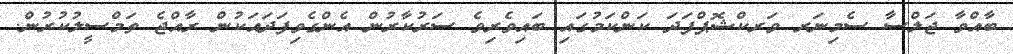
ބާއްވާ ޖަލްސާ ސެމިނަރ ވަރކްޝޮޕްފަދަ ކަންކަމުގައި ބައިވެރިވެ ސަރުކާރުން އެންގެވިފަދައަކުން ރާއްޖެ ތަމްސީލުކުރުން.